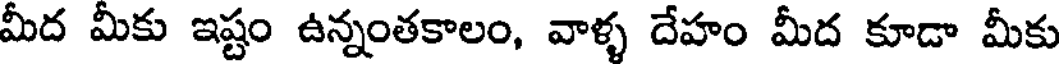
మీద మీకు ఇష్టం ఉన్నంతకాలం, వాళ్ళ దేహం మీద కూడా మీకు